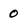
Character: 0